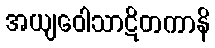
အယျဝေါသာဋိတကာနိ